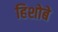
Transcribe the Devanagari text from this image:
हिशोबे